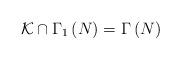
LaTeX: \begin{align*}\mathcal{K}\cap \Gamma _{1}\left( N\right) =\Gamma \left( N\right)\end{align*}